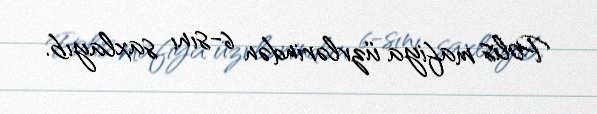
Polis mafiya üzvlərindən 6-sını saxlayıb.